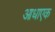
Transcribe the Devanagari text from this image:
आधाएक